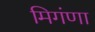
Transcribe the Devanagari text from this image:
मिगंणा